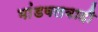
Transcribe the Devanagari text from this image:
भांडवलवादी